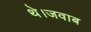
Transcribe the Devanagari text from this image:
थे।जवाब